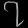
Digit: ၇